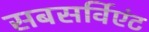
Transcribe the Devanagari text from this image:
सबसर्विएंट